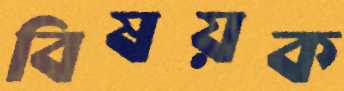
বিষয়ক